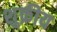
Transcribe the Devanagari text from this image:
शुक्रीय